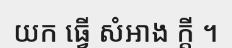
យក ធ្វើ សំអាង ក្តី ។